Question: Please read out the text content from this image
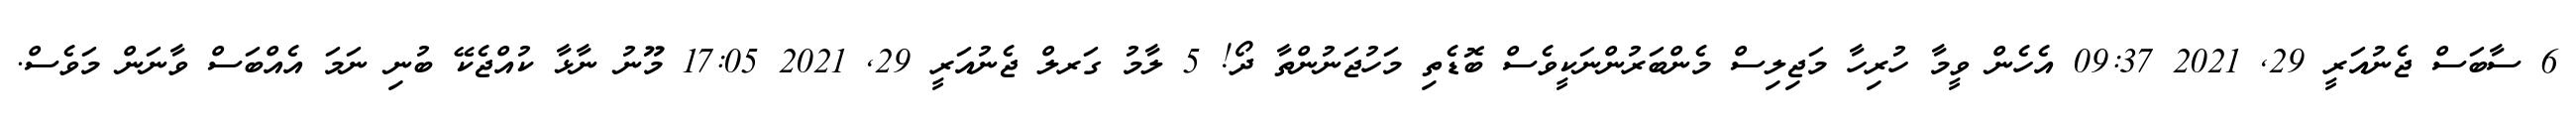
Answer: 6 ސާބަސް ޖެނުއަރީ 29, 2021 09:37 އެހެން ވީމާ ހުރިހާ މަޖިލިސް މެންބަރުންނަކީވެސް ބޮޑެތި މަހުޖަނުންތާ ދޯ! 5 ލާމު ގަރލް ޖެނުއަރީ 29, 2021 17:05 މޫނު ނާޅާ ކުއްޖެކޭ ބުނި ނަމަ އެއްބަސް ވާނަން މަވެސް.